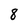
Character: 8